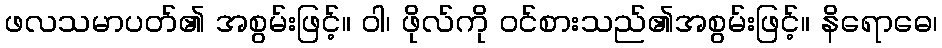
ဖလသမာပတ်၏ အစွမ်းဖြင့်။ ဝါ၊ ဖိုလ်ကို ဝင်စားသည်၏အစွမ်းဖြင့်။ နိရောဓေ၊